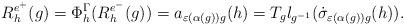
LaTeX: \begin{align*}R^{e^+}_h(g) = \Phi^{\Gamma}_h(R^{e^-}_h(g)) = a_{\varepsilon(\alpha(g))g}(h) = T_g l_{g^{-1}}(\dot{\sigma}_{\varepsilon(\alpha(g))g}(h)).\end{align*}